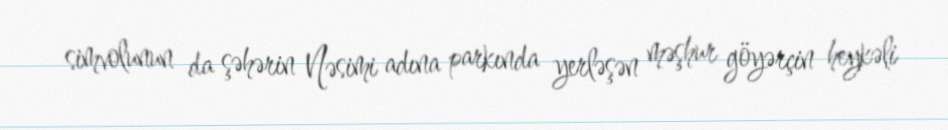
simvolunun da şəhərin Nəsimi adına parkında yerləşən məşhur göyərçin heykəli